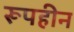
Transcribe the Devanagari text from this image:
रूपहीन